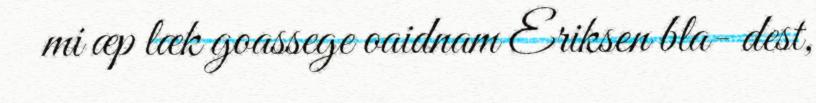
mi æp læk goassege oaidnam Eriksen bla- dest,